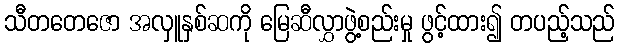
သီတတေဇော အလှူနှစ်ဆကို မြေဆီလွှာဖွဲ့စည်းမှု ဖွင့်ထား၍ တပည့်သည်